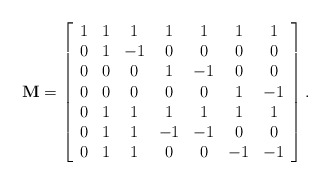
\begin{align*}\centering \mathbf{M}=\left[\begin{array}{ccccccc}1 & 1 & 1 & 1 & 1 & 1 & 1 \\0 & 1 & -1 & 0 & 0 & 0 & 0 \\0 & 0 & 0 & 1 & -1 & 0 & 0 \\0 & 0 & 0 & 0 & 0 & 1 & -1 \\0 & 1 & 1 & 1 & 1 & 1 & 1 \\0 & 1 & 1 & -1 & -1 & 0 & 0 \\0 & 1 & 1 & 0 & 0 & -1 & -1\end{array}\right].\end{align*}